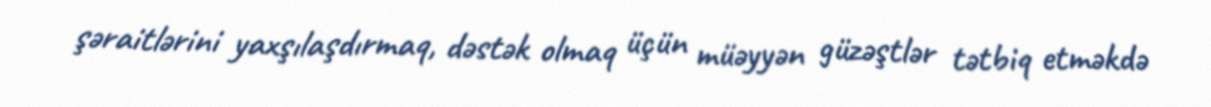
şəraitlərini yaxşılaşdırmaq, dəstək olmaq üçün müəyyən güzəştlər tətbiq etməkdə